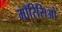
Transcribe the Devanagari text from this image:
मॉरिसिओ